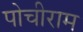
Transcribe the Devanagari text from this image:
पोचीराम